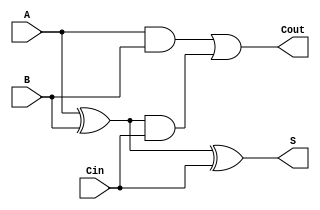
// Copyright (C) 1991-2013 Altera Corporation
// Your use of Altera Corporation's design tools, logic functions 
// and other software and tools, and its AMPP partner logic 
// functions, and any output files from any of the foregoing 
// (including device programming or simulation files), and any 
// associated documentation or information are expressly subject 
// to the terms and conditions of the Altera Program License 
// Subscription Agreement, Altera MegaCore Function License 
// Agreement, or other applicable license agreement, including, 
// without limitation, that your use is for the sole purpose of 
// programming logic devices manufactured by Altera and sold by 
// Altera or its authorized distributors.  Please refer to the 
// applicable agreement for further details.

// PROGRAM		"Quartus II 64-Bit"
// VERSION		"Version 13.0.1 Build 232 06/12/2013 Service Pack 1 SJ Web Edition"
// CREATED		"Sat Mar 06 15:10:06 2021"

module FA(
	A,
	B,
	Cin,
	S,
	Cout
);


input wire	A;
input wire	B;
input wire	Cin;
output wire	S;
output wire	Cout;

wire	SYNTHESIZED_WIRE_4;
wire	SYNTHESIZED_WIRE_1;
wire	SYNTHESIZED_WIRE_2;




assign	SYNTHESIZED_WIRE_2 = SYNTHESIZED_WIRE_4 & Cin;

assign	Cout = SYNTHESIZED_WIRE_1 | SYNTHESIZED_WIRE_2;

assign	SYNTHESIZED_WIRE_4 = A ^ B;

assign	S = SYNTHESIZED_WIRE_4 ^ Cin;

assign	SYNTHESIZED_WIRE_1 = A & B;


endmodule